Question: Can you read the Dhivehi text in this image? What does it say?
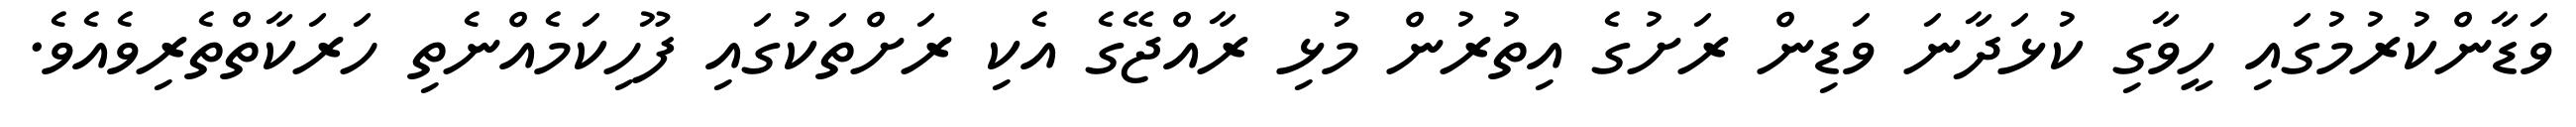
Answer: ވަޑާންކުރުމުގައި ހީވާގި ކުޅަދާނަ ވަޑިން ރަށުގެ އިތުރުން މުޅި ރާއްޖޭގެ އެކި ރަށްތަކުގައި ފޫހިކަމެއްނެތި ހަރަކާތްތެރިވެއެވެ.